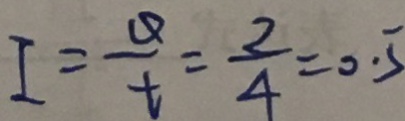
I = \frac { Q } { t } = \frac { 2 } { 4 } = 0 . 5